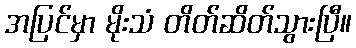
အပြင်မှာ မိုးသံ တိတ်ဆိတ်သွားပြီ။